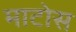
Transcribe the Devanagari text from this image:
माटोस